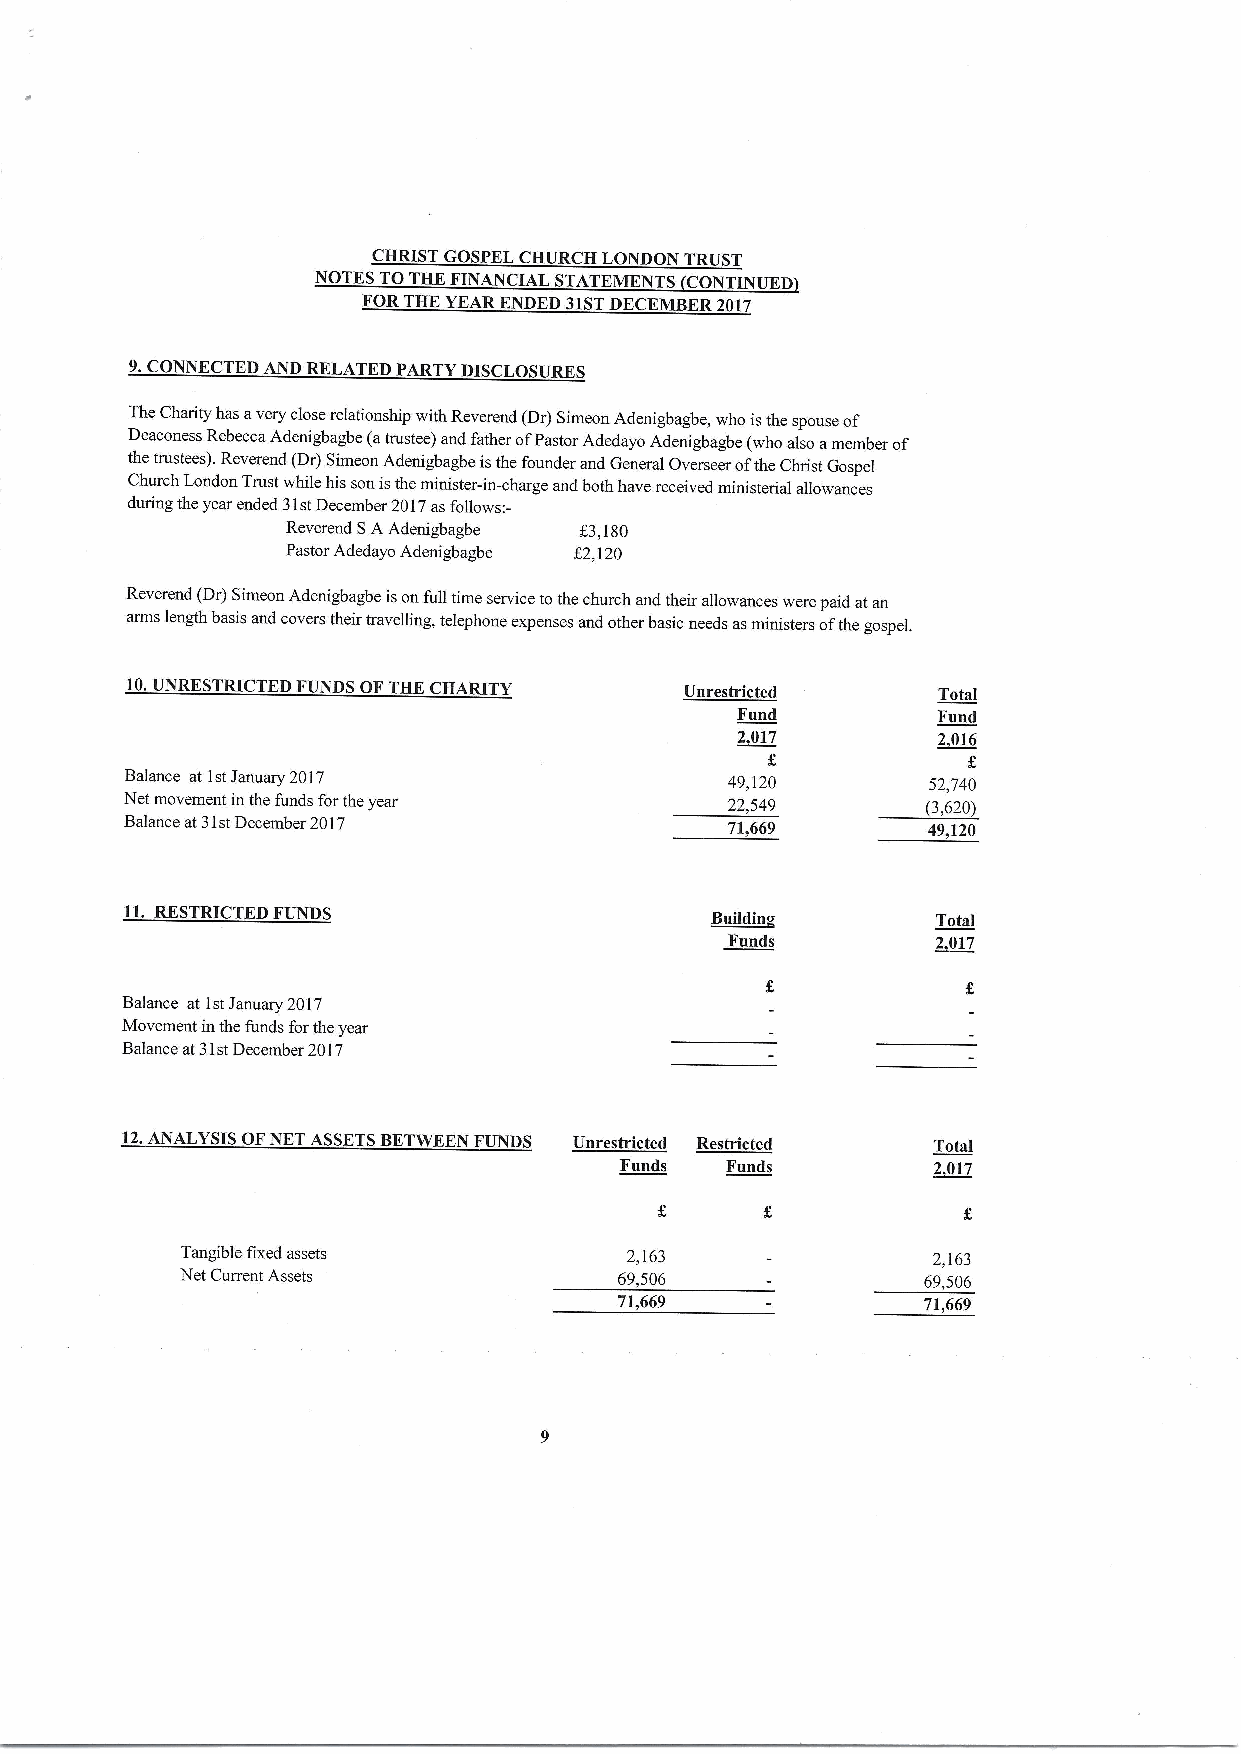
CHRIST GOSPEL CHURCH LONDON TRUST
 NOTES TOTHE FINANCIAL STATEMENTS CONTINUED
 FORTHE YEARENDED 31STDECEMBER2017
 9.CONNECTED AND RELATED PARTY DISCLOSURES
 The Charity has avery closerelationship with Reverend (Dr) Simeon Adenigbagbe, who isthe spouse of
 Deaconess Rebecca Adenigbagbe (atrustee) and father ofPastor Adedayo Adenigbagbe (who also amember of
 the trustees). Reverend (Dr) Simeon Adenigbagbe isthe founder and General Overseer ofthe Christ Gospel
 Church London Trust while his son isthe minister-in-charge and both have received ministerial allowances
 during the year ended 31stDecember 2017as follows:-
 Reverend SAAdenigbagbe f 3,180
 Pastor Adedayo Adenigbagbe K2,120
 Reverend (Dr) Simeon Adenigbagbe ison full time service tothe church and their allowances were paid atan
 arms length basis and covers their travelling, telephone expenses and other basic needs asministers ofthe gospel.
 10.UNRESTRICTED FUNDS OFTHE CHARITY  Unrestricted     Total
 Fund         Fund
 ~2017        ~2016
 Balance at 1stJanuary 2017              49,120       52,740
 Net movement inthe funds forthe year    22,549       (3,620)
 Balance at31stDecember 2017             71,669       49,120
 11.RESTRICTEDFUNDS
 ~ailCh         Total
 Funds         ~2017
 Balance at 1stJanuary 2017
 Movement inthe funds forthe year
 Balance at31stDecember 2017
 12.ANALYSIS OFNET ASSETSBETWEEN FUNDS Unrestricted Restricted Total
 Funds  Funds         ~2017
 Tangible fixed assets        2,163                2,163
 Net Current Assets           69,506              69,506
 71,669              71,669